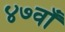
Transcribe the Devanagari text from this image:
४७वाँ